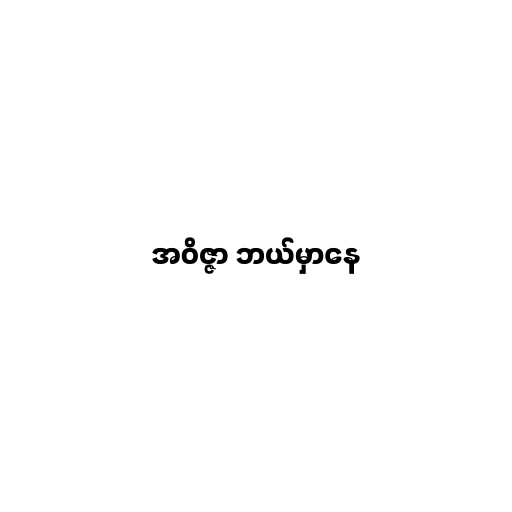
အဝိဇ္ဇာ ဘယ်မှာနေ